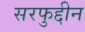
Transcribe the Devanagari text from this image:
सरफुद्दीन